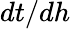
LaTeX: dt/dh